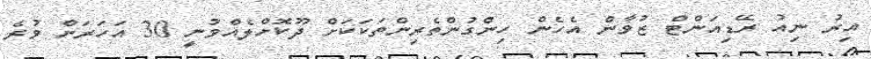
އިރު ނިއު ރޭޑިއަންޓް ޒުވާން އެހެން ހިންގުންތެރިންތަކަކަށް ދޫކޮށްލެއްވުނީ 30 އަހަރަށް ވުރެ